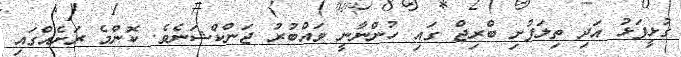
ގުޅީފަޅު އަދި ތިލަފުށި ބްރިޖް ގައި ހުންނާނީ ވައްބުރު ޖަންކްޝަނެވެ. ކޮންމެ ރަށެއްގައި